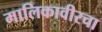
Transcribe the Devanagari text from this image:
मालिकावीरचा